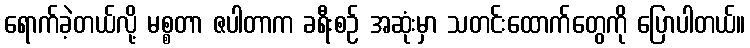
ရောက်ခဲ့တယ်လို့ မစ္စတာ ဇပါတာက ခရီးစဉ် အဆုံးမှာ သတင်းထောက်တွေကို ပြောပါတယ်။